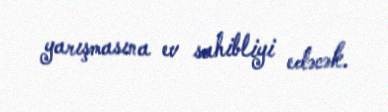
yarışmasına ev sahibliyi edəcək.